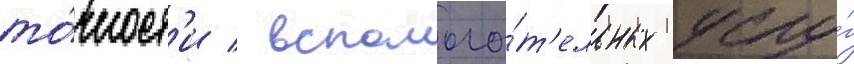
то́чност'и / вспомога́т'ельных услу́г